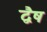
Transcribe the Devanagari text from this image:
द्वैष